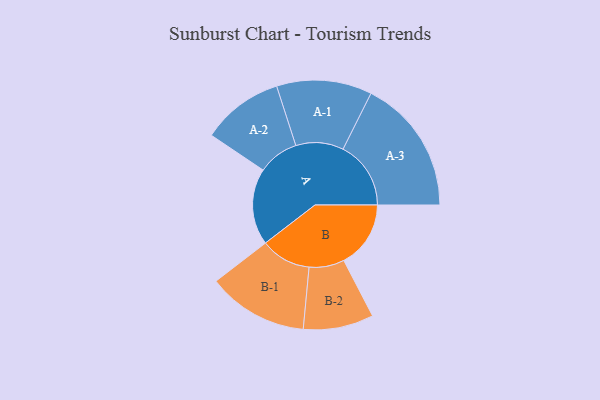
{"axis": {"x": "Segment", "y": "Value"}, "legend": ["", "A", "B"], "data": [{"x": "A", "y": 337, "type": ""}, {"x": "B", "y": 295, "type": ""}, {"x": "A-1", "y": 210, "type": "A"}, {"x": "A-2", "y": 180, "type": "A"}, {"x": "A-3", "y": 299, "type": "A"}, {"x": "B-1", "y": 222, "type": "B"}, {"x": "B-2", "y": 155, "type": "B"}]}